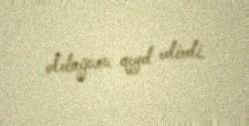
olduğunu qeyd edirdi.